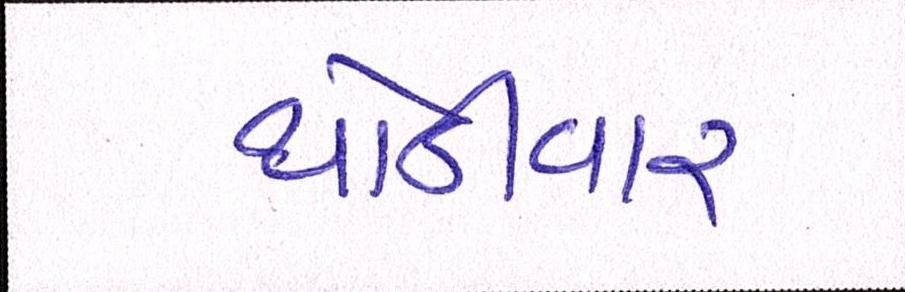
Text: થોડીવાર